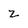
Character: z